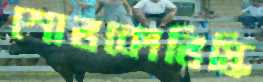
শোভকোভিস্কি